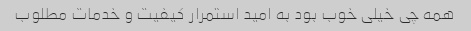
همه چی خیلی خوب بود به امید استمرار کیفیت و خدمات مطلوب